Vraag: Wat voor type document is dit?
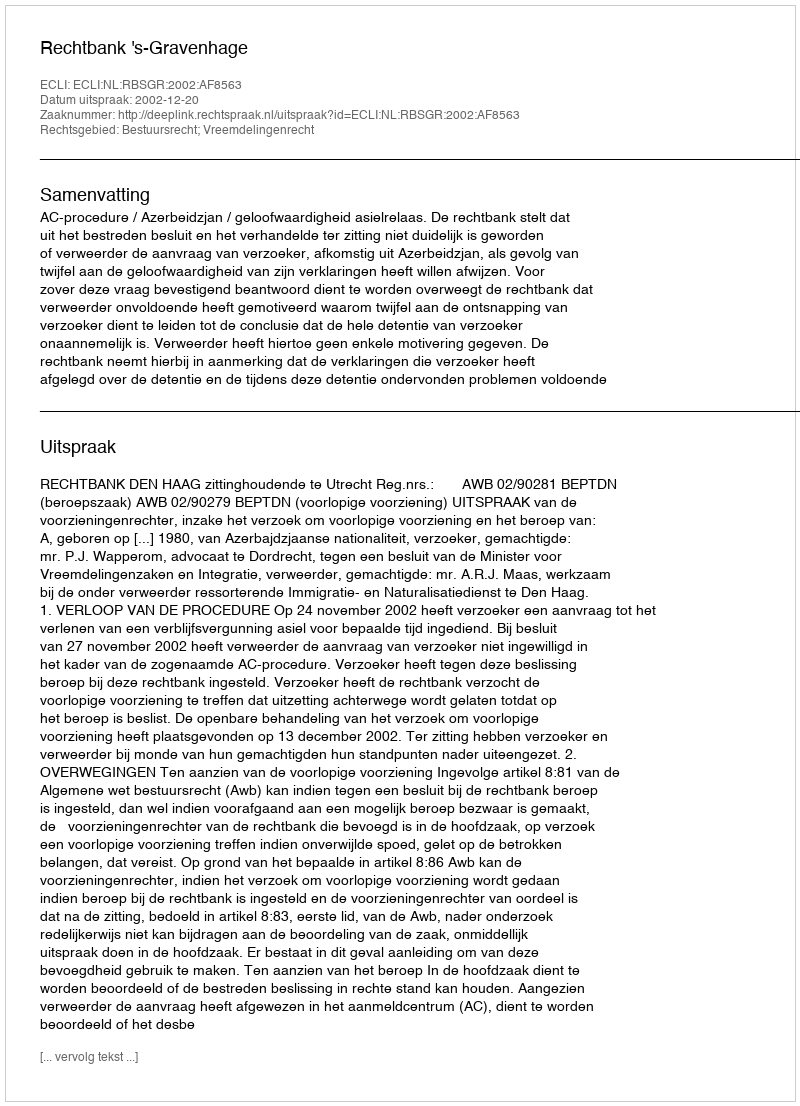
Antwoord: Uitspraak